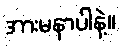
အားမနာပါနဲ့။